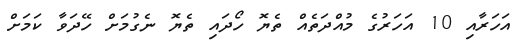
އަހަރާއި 10 އަހަރުގެ މުއްދަތެއް ތެޔޮ ހޯދައި ތެޔޮ ނެގުމަށް ހޭދަވާ ކަމަށް